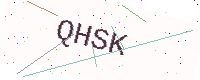
Text: QHSK